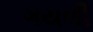
ગયલી